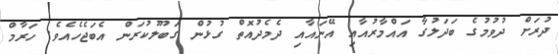
ދުރަށް ދުވުމުގެ ބަދަލުގާ އައްމާރުއާއި އޭނައާއި ދެމެދުއޮތް ގުޅުން ގަބޫލުކުރަން އެބަޖެހެއެވެ. ހަރާމް